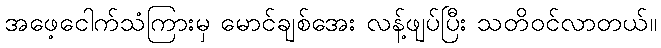
အဖေ့ငေါက်သံကြားမှ မောင်ချစ်အေး လန့်ဖျပ်ပြီး သတိဝင်လာတယ်။